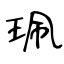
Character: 珮